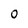
Character: O